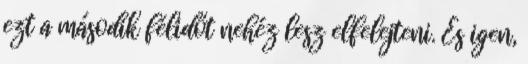
ezt a második félidőt nehéz lesz elfelejteni. És igen,